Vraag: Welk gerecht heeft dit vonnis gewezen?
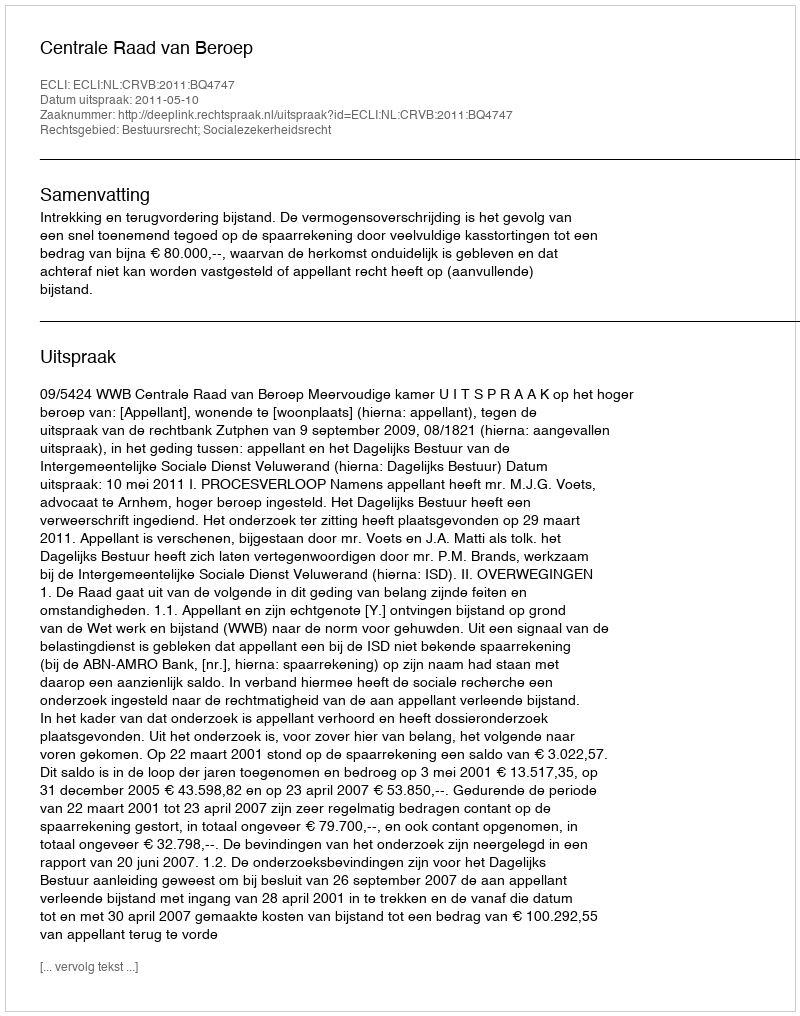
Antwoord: Centrale Raad van Beroep